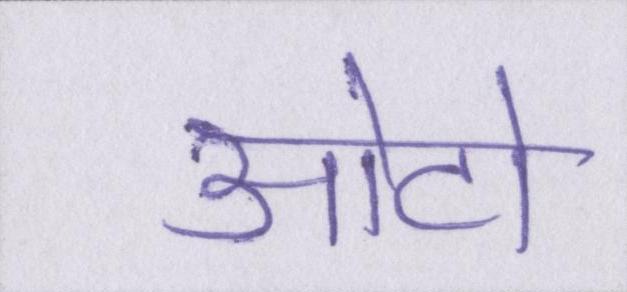
ओटो